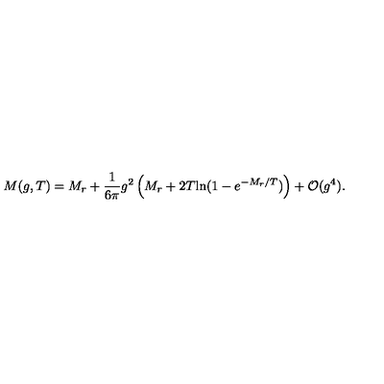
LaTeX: M ( g , T ) = M _ { r } + \frac { 1 } { 6 \pi } g ^ { 2 } \left( M _ { r } + 2 T \mathrm { l n } ( 1 - e ^ { - M _ { r } / T } ) \right) + { \cal O } ( g ^ { 4 } ) .